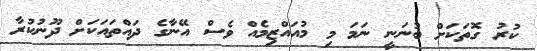
ކުރު ގޮތަކަށް ބުނަނީ ނަމަ މި މުއައްޒިމެއް ވެސް އޭނާގެ ދައްތައަކަށް ދޫނުކުރާ